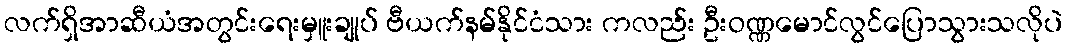
လက်ရှိအာဆီယံအတွင်းရေးမှူးချုပ် ဗီယက်နမ်နိုင်ငံသား ကလည်း ဦးဝဏ္ဏမောင်လွင်ပြောသွားသလိုပဲ